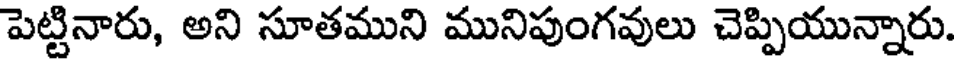
పెట్టినారు, అని సూతముని మునిపుంగవులు చెప్పియున్నారు.